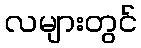
လများတွင်